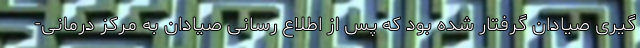
گیری صیادان گرفتار شده بود که پس از اطلاع رسانی صیادان به مرکز درمانی-